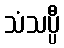
သံသပ္ပီ